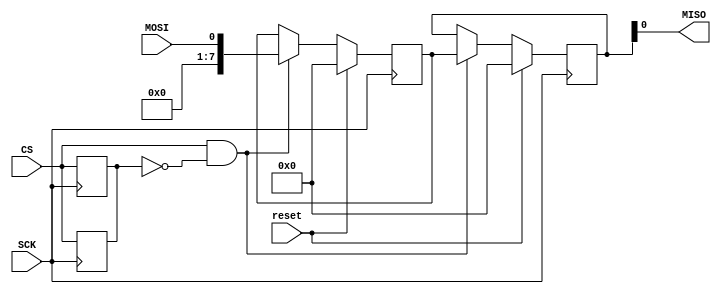
module SPI_Controller (
    input wire SCK,        //Clock signal
    input wire MOSI,       //Master Out Slave In signal
    output wire MISO,      //Master In Slave Out signal
    input wire CS,         //Chip Select signal
    input wire reset       //Reset signal
);

//Clock signal generator module
reg SCK_internal = 0;

always @(posedge SCK) begin
    if (reset) begin
        SCK_internal <= 0;
    end else begin
        SCK_internal <= ~SCK_internal;
    end
end

//Data transfer control module
reg [7:0] data = 8'h00;    //Initial data value
reg [7:0] received_data;   //Data received from slave device
reg cs_prev;

always @(posedge SCK) begin
    if (reset) begin
        data <= 8'h00;
        cs_prev <= CS;
    end else if (CS && ~cs_prev) begin //Chip select is active and was not active in previous clock cycle
        data <= MOSI;
    end
    cs_prev <= CS;
end

always @(posedge SCK) begin
    if (reset) begin
        received_data <= 8'h00;
    end else if (CS && ~cs_prev) begin //Chip select is active and was not active in previous clock cycle
        received_data <= data;
    end
    cs_prev <= CS;
end

assign MISO = received_data;

endmodule